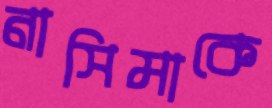
নাসিমাকে